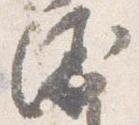
衛